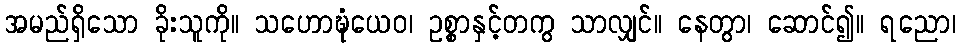
အမည်ရှိသော ခိုးသူကို။ သဟောဍ္ဎုံယေဝ၊ ဥစ္စာနှင့်တကွ သာလျှင်။ နေတွာ၊ ဆောင်၍။ ရညော၊